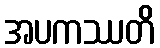
အပကဿတိ